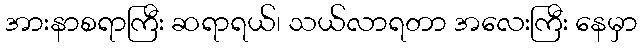
အားနာစရာကြီး ဆရာရယ်၊ သယ်လာရတာ အလေးကြီး နေမှာ